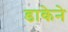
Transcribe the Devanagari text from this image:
डाकेने